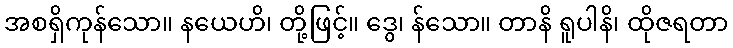
အစရှိကုန်သော။ နယေဟိ၊ တို့ဖြင့်။ ဒွေ၊ န်သော။ တာနိ ရူပါနိ၊ ထိုဇရတာ